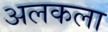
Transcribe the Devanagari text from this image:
अलकला